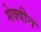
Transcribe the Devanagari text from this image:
मेक्वीन